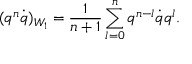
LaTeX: ( q ^ { n } \dot { q } ) _ { W _ { 1 } } = \frac 1 { n + 1 } \sum _ { l = 0 } ^ { n } q ^ { n - l } \dot { q } q ^ { l } .